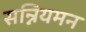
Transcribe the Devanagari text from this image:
सन्नियमन